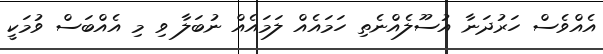
އެއްވެސް ހަރުދަނާ އުސޫލެއްނެތި ހަމައެއް ލަމައެއް ނުބަލާ ވި މި އެއްބަސް ވުމަކީ